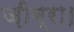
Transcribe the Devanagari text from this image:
ज़ीब्रा।